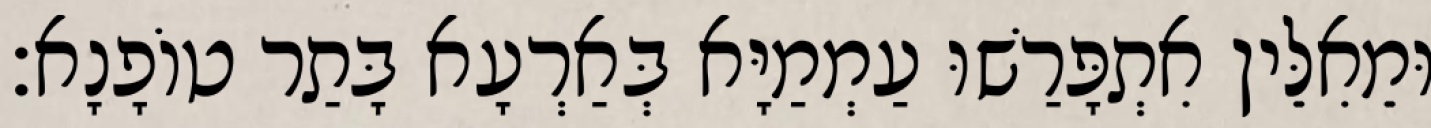
וּמֵאִלֵּין אִתְפָּרַשׁוּ עַמְמַיָּא בְּאַרְעָא בָּתַר טוֹפָנָא׃